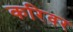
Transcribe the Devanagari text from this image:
करिवर